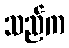
သည်က